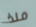
منذ